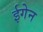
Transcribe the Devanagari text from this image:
ईगेन